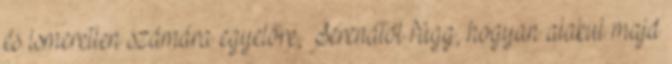
és ismeretlen számára egyelőre, Serenától függ, hogyan alakul majd